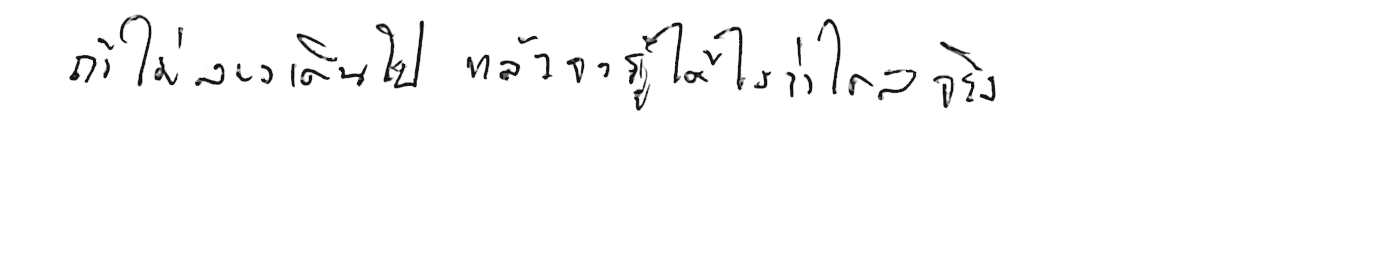
ถ้าไม่ลองเดินไป แล้วจะรู้ได้ยังไงว่าไกลจริง